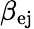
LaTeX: \beta_{\mathrm{ej}}